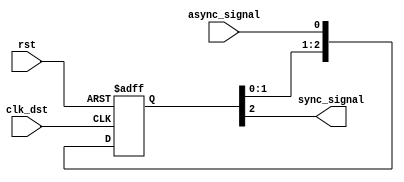
module meta_stability_filter #(
    parameter N = 3  // Number of flip-flop stages (typically 2 or 3)
)(
    input  wire clk_dst,      // Destination clock
    input  wire rst,          // Reset signal
    input  wire async_signal,  // Asynchronous input signal from source clock domain
    output wire sync_signal     // Synchronized output signal
);

    // Internal flip-flops for synchronization
    reg [N-1:0] ff_chain; // Chain of flip-flops to help mitigate metastability

    // Synchronized output is taken from the last flip-flop
    assign sync_signal = ff_chain[N-1];

    // Flip-flop chain implementation
    integer i;
    always @(posedge clk_dst or posedge rst) begin
        if (rst) begin
            ff_chain <= 0; // Reset all flip-flops
        end else begin
            ff_chain[0] <= async_signal; // First stage samples the asynchronous signal
            for (i = 1; i < N; i = i + 1) begin
                ff_chain[i] <= ff_chain[i-1]; // Propagate the signal through the chain
            end
        end
    end

endmodule